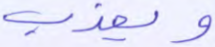
ويعذب